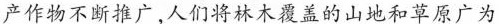
产作物不断推广，人们将林木覆盖的山地和草原广为